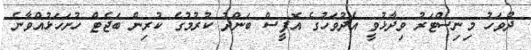
ދުވަހު މިނިސްޓަރު ވިދާޅުވީ އެދުވަހުގެ އޮފީސް ބަންދު ކުރުމުގެ ކުރިން ބަޖެޓް ހުށަހަޅުއްވާނެ